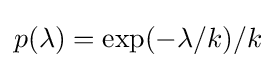
p(\lambda )=\exp(-\lambda /k)/k